Report of the King Institute of Preventive Medicine, Guindy
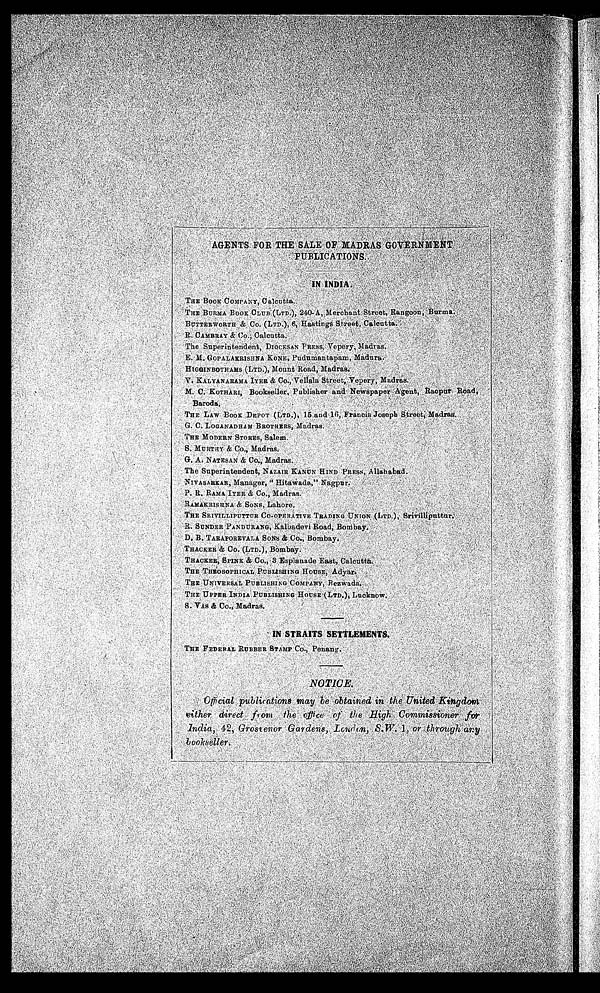
PUBLICATIONS. IN INDIA.
THE BOOK COMPANY, Calcutta.
THE BURMA BOOK CLUB (LTD.), 240-A, Merchant Street, Rangoon, Burma.
BUTTERWORTH & Co. (LTD.), 6, Hastings Street, Calcutta.
R. CAMBRAY & Co., Calcutta.
The Superintendent, DIOCESAN PRESS, Vepery, Madras.
E . M. GOP AL AKRI S HNA KONE , P u d u ma n t a p a m, Ma d u r a .
H I G G I N B O T H A M S ( L T D . ) , M o u n t R o a d , M a d r a s .
V . K A L Y A N A R A M A I Y E R & C o . , V e l l a l a S t r e e t , V e p e r y M a d r a s .
R a o p u r R o a d ,